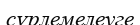
сүрлемелеуге